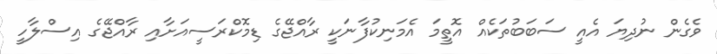
ވެގެން ނުދިޔަ އެއީ ސަބަބުތަކެއް އޮތީމަ އެމަނިކުފާނަކީ ރާއްޖޭގެ ޑިމޮކްރަސީއަށާއި ރާއްޖޭގެ އިސްލާހީ